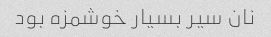
نان سیر بسیار خوشمزه بود